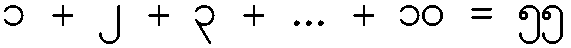
၁ + ၂ + ၃ + ... + ၁၀ = ၅၅